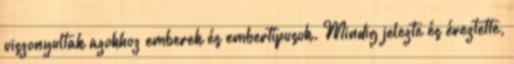
viszonyultak azokhoz emberek és embertípusok. Mindig jelezte és éreztette,